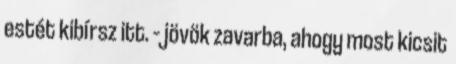
estét kibírsz itt. – jövök zavarba, ahogy most kicsit